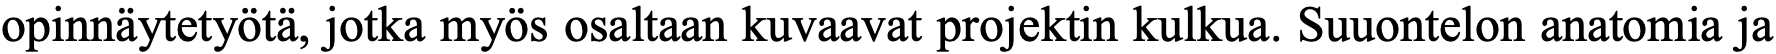
opinnäytetyötä, jotka myös osaltaan kuvaavat projektin kulkua. Suuontelon anatomia ja